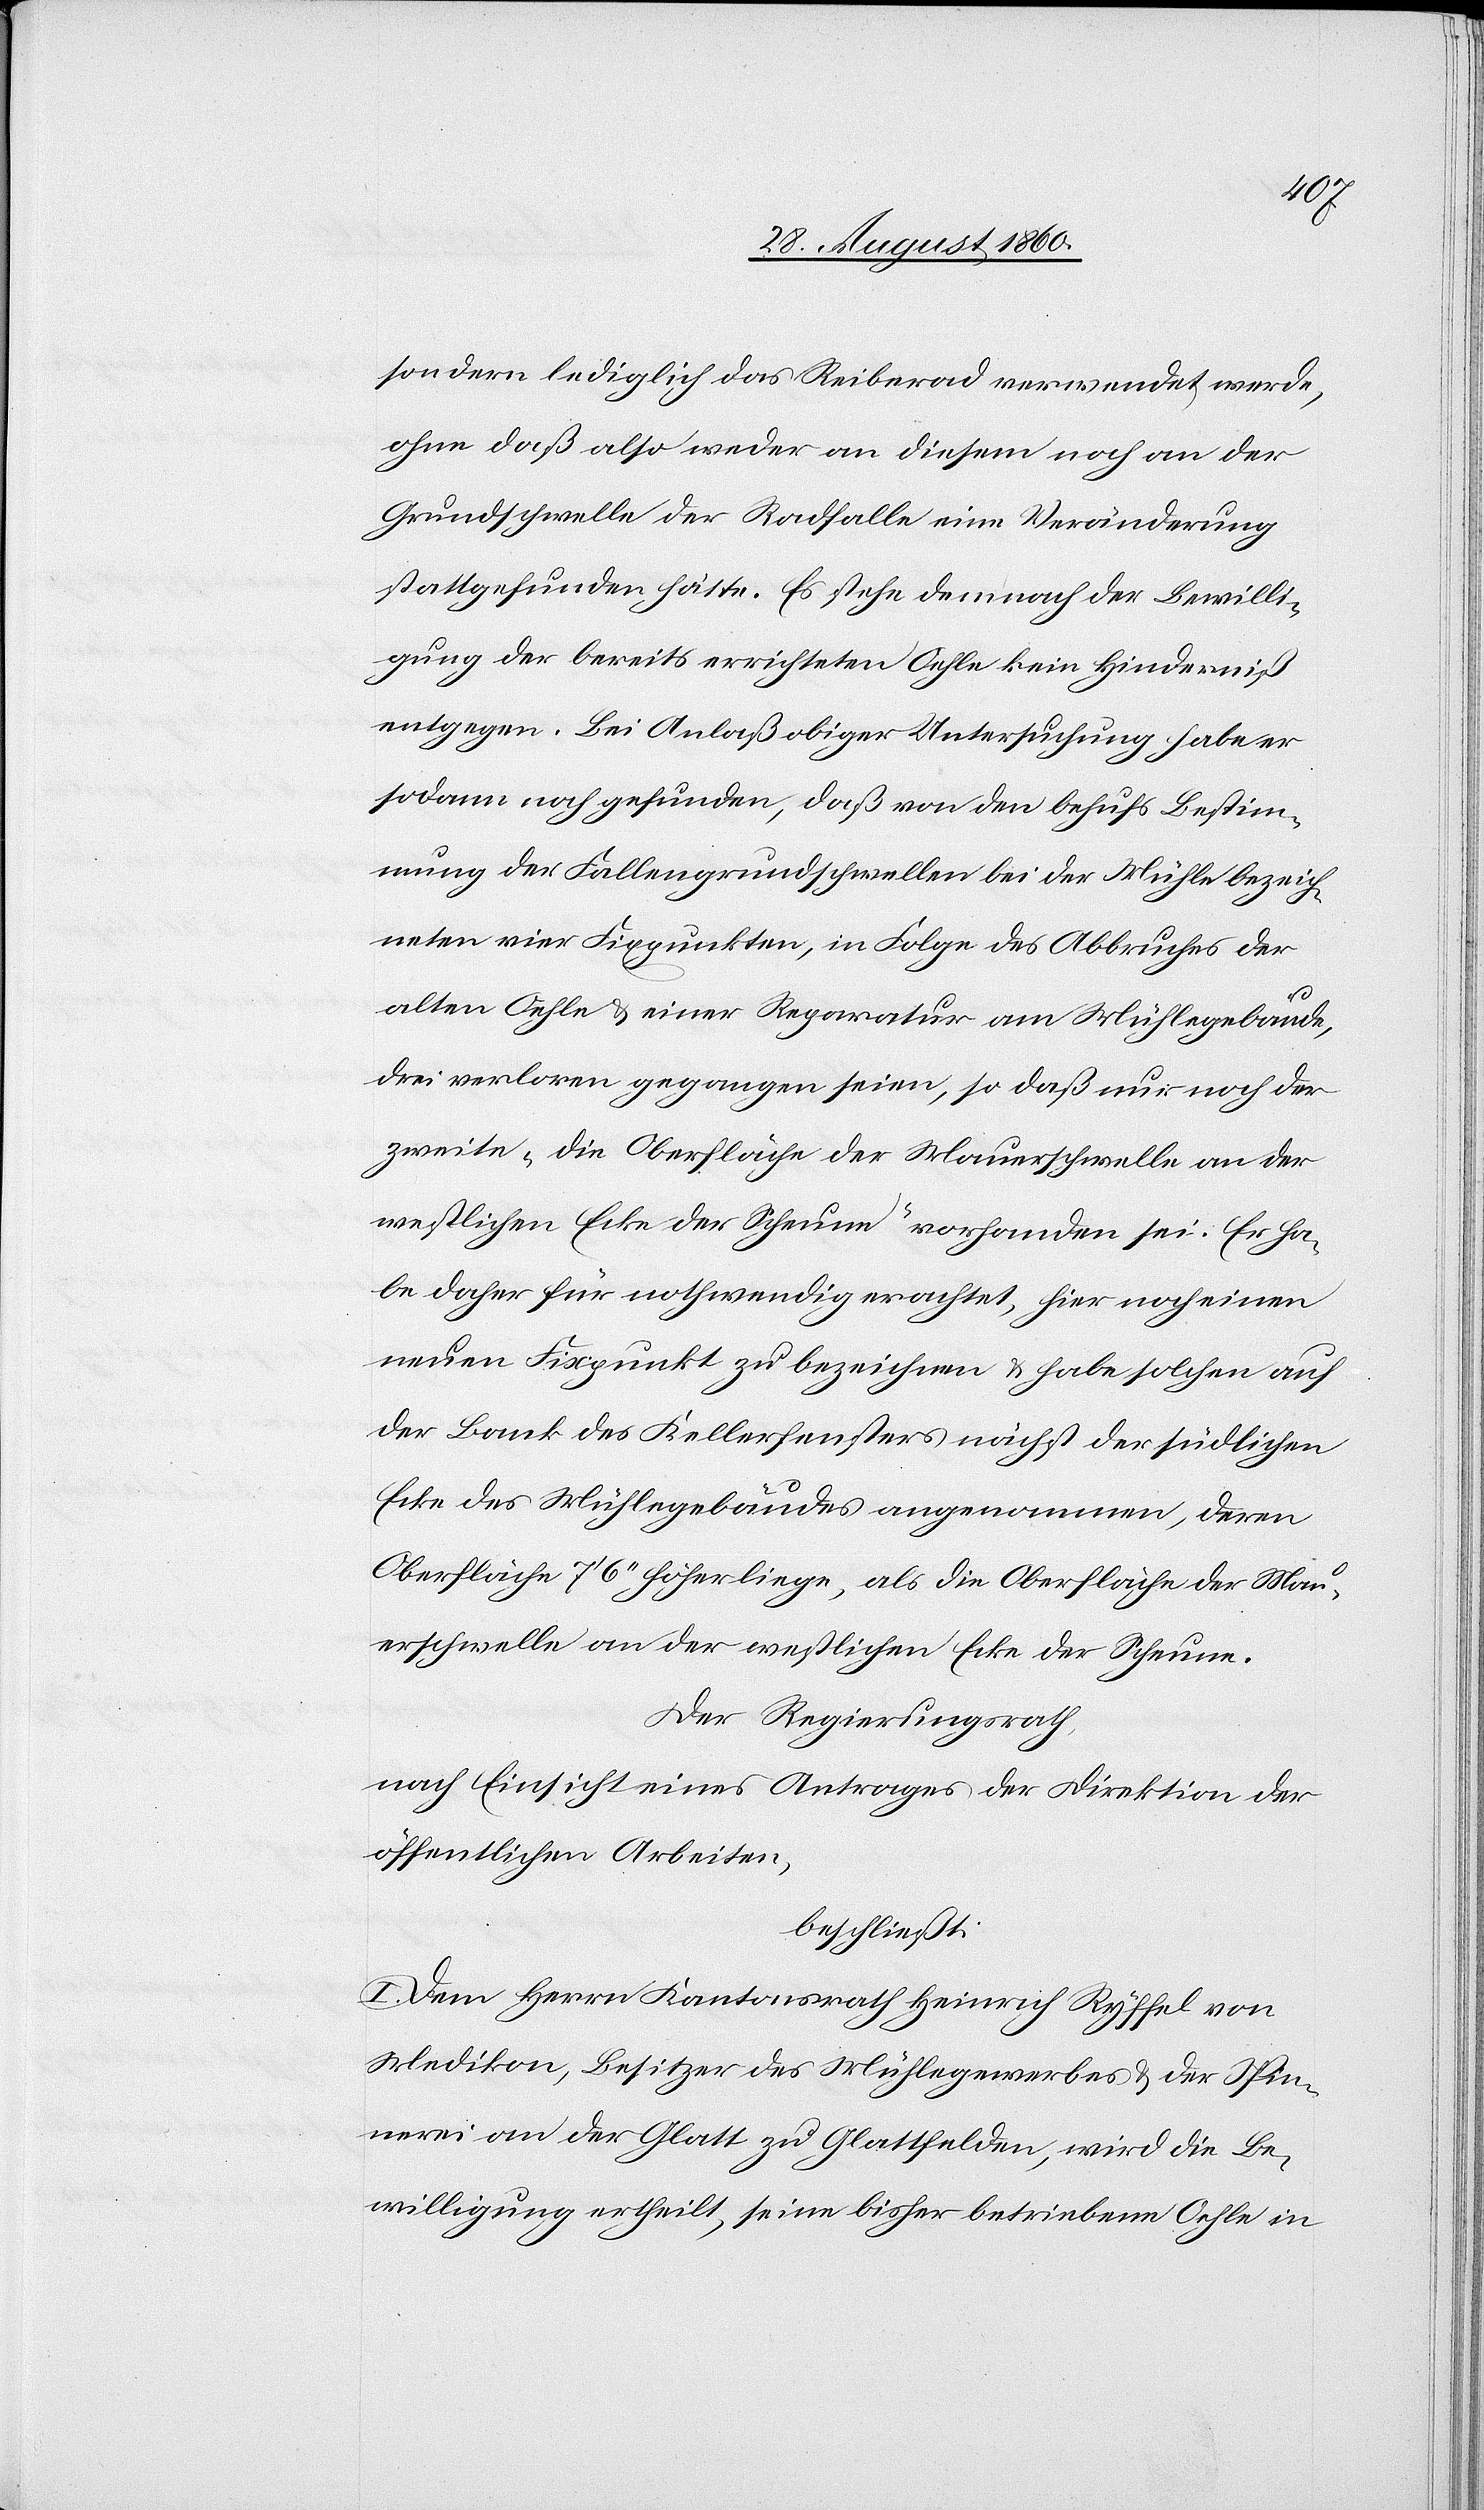
dern lediglich das Reiberad verwendet werde,
ohne dass also weder an diesem noch an der
Grundschwelle der Radfalle eine Veränderung
stattgefunden hätte. Es stehe demnach der Bewilli¬
gung der bereits verrichteten Oehle kein Hinderniss
entgegen. Bei Anlass obiger Untersuchung habe er
sodann noch gefunden, dass von den, behufs Bestim¬
mung der Fallengrundschwellen bei der Mühle bezeich¬
neten vier Fixpunkten, in Folge des Abbruches der
alten Oehle u. einer Reparatur dem Mühlegebäude,
drei verloren gegangen seien, sodass nur noch der
Zweite „die Oberfläche der Mauerschwelle an der
westlichen Ecke der Scheune“ vorhanden sei. Er ha¬
be daher für nothwendig erachtet, hier noch einen
neuen Fixpunkt zu bezeichnen u. habe solchen auf
der Bank des Kellerfensters nächst der südlichen
Ecke des Mühlegebäudes angenommen, deren
Oberfläche 7’ 6’’ höher liege als die Oberfläche der Mau¬
erschwelle an der westlichen Ecke der Scheune.
Der Regierungsrath,
nach Einsicht eines Antrages der Direktion der
öffentlichen Arbeiten,
beschliesst:
I. Dem Herrn Kantonsrath Heinrich Ryffel von
Medikon, Besitzer des Mühlegewerbes u. der Spin¬
nerei an der Glatt zu Glattfelden, wird die Be¬
willigung ertheilt, seine bisher betriebene Oehle in